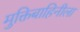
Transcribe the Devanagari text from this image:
मुक्तिबाहिनीला